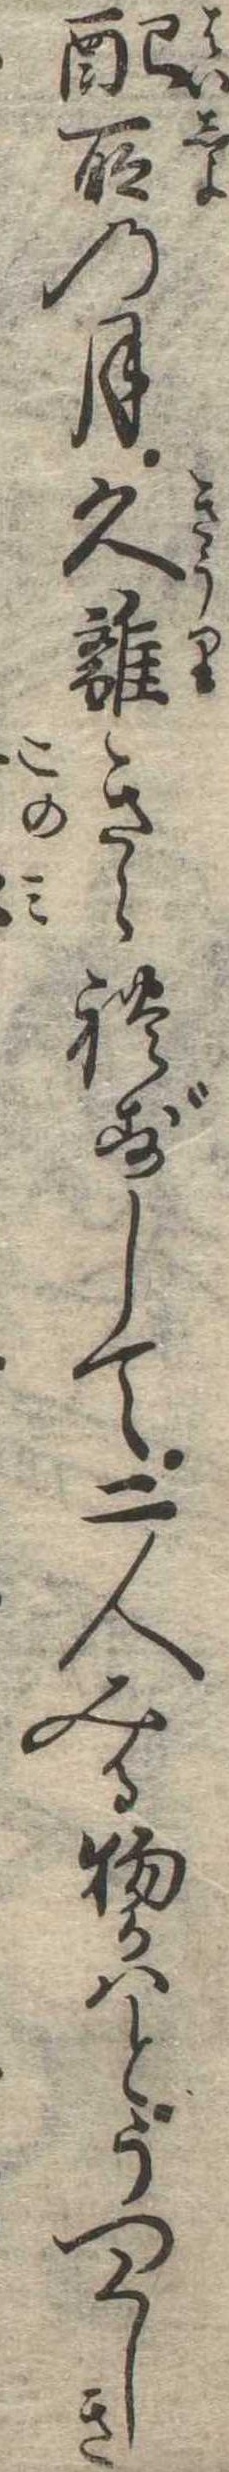
配所の月久離きられずして二人みる物かはとうつくしき